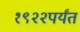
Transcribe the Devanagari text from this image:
१९२२पर्यंत